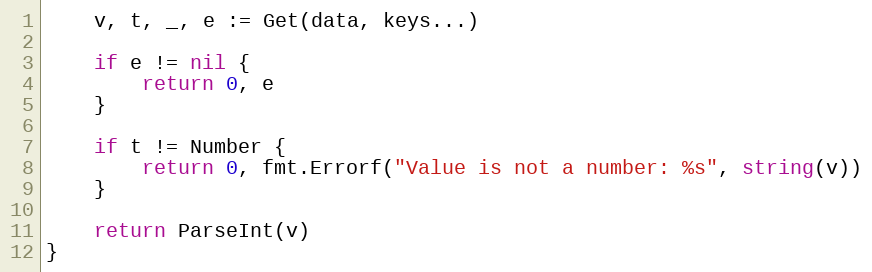
Language: Go
	v, t, _, e := Get(data, keys...)

	if e != nil {
		return 0, e
	}

	if t != Number {
		return 0, fmt.Errorf("Value is not a number: %s", string(v))
	}

	return ParseInt(v)
}